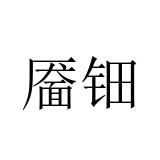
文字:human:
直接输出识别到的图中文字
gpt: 靥钿